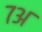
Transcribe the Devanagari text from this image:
७अ